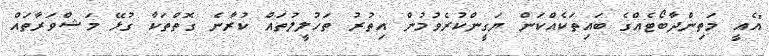
"އެއީ މަތިންދާބޯޓެއްގެ ބައިތަކެެއްކަން ޔަގީންކުރެވުމުން އިތުރު ތަހުލީލުތައް ކުރާނެ ގޮތްތަކާ ގުޅޭ މަޝްވަރާތައް